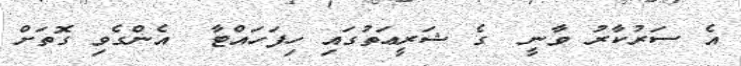
އެ ސަރުކާރު ވާނީ  ގެ ޝަރީޢަތުގައި ހިފަހައްޓާ  އެންގެވި ގޮތަށް